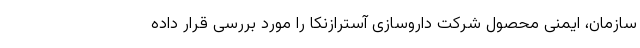
سازمان، ایمنی محصول شرکت داروسازی آسترازنکا را مورد بررسی قرار داده